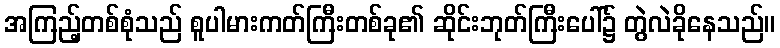
အကြည့်တစ်စုံသည် စူပါမားကတ်ကြီးတစ်ခု၏ ဆိုင်းဘုတ်ကြီးပေါ်၌ တွဲလဲခိုနေသည်။